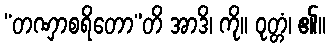
“တဏှာစရိတော”တိ အာဒိ၊ ကို။ ဝုတ္တံ၊ ၏။